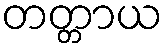
တတ္တာယ